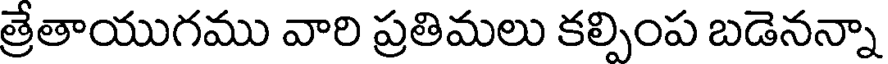
త్రేతాయుగము వారి ప్రతిమలు కల్పింప బడెనన్నా